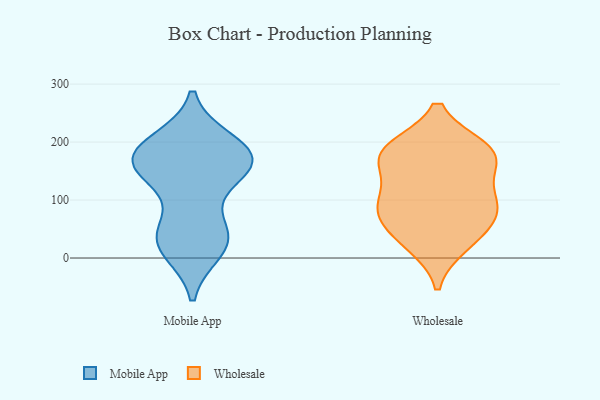
{"axis": {"x": "Website Visitors", "y": "Value"}, "legend": ["Mobile App", "Wholesale"], "data": [{"x": "", "y": 150, "type": "Mobile App"}, {"x": "", "y": 199, "type": "Mobile App"}, {"x": "", "y": 162, "type": "Mobile App"}, {"x": "", "y": 44, "type": "Mobile App"}, {"x": "", "y": 190, "type": "Mobile App"}, {"x": "", "y": 15, "type": "Mobile App"}, {"x": "", "y": 142, "type": "Mobile App"}, {"x": "", "y": 39, "type": "Mobile App"}, {"x": "", "y": 37, "type": "Mobile App"}, {"x": "", "y": 180, "type": "Mobile App"}, {"x": "", "y": 181, "type": "Mobile App"}, {"x": "", "y": 25, "type": "Mobile App"}, {"x": "", "y": 167, "type": "Mobile App"}, {"x": "", "y": 159, "type": "Mobile App"}, {"x": "", "y": 90, "type": "Wholesale"}, {"x": "", "y": 187, "type": "Wholesale"}, {"x": "", "y": 97, "type": "Wholesale"}, {"x": "", "y": 188, "type": "Wholesale"}, {"x": "", "y": 165, "type": "Wholesale"}, {"x": "", "y": 80, "type": "Wholesale"}, {"x": "", "y": 34, "type": "Wholesale"}, {"x": "", "y": 180, "type": "Wholesale"}, {"x": "", "y": 64, "type": "Wholesale"}, {"x": "", "y": 113, "type": "Wholesale"}, {"x": "", "y": 24, "type": "Wholesale"}, {"x": "", "y": 175, "type": "Wholesale"}]}